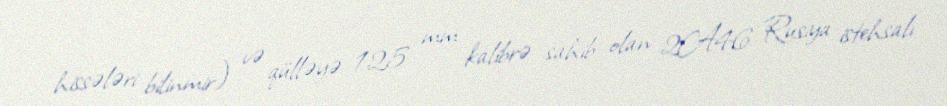
hissələri bilinmir) və qülləyə 125 mm kalibrə sahib olan 2A46 Rusiya istehsalı